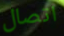
اتصال